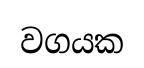
වගයක